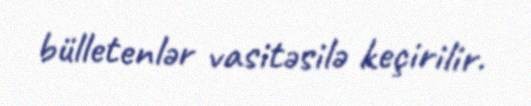
bülletenlər vasitəsilə keçirilir.